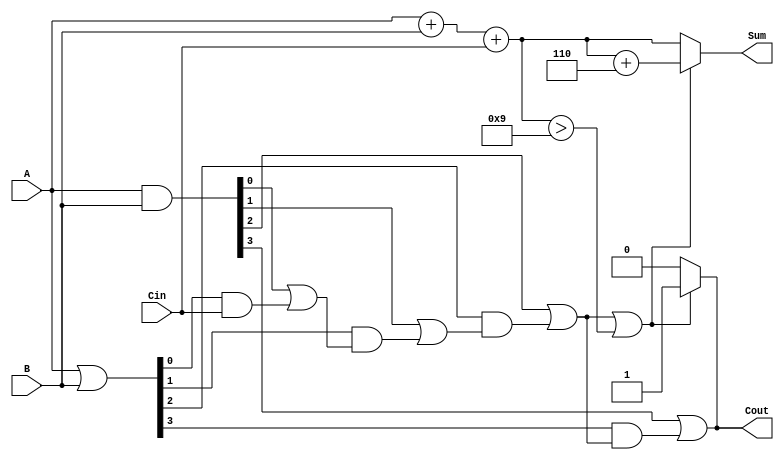
module BCD_Carry_Lookahead_Adder (
    input  [3:0] A,        // First BCD digit
    input  [3:0] B,        // Second BCD digit
    input        Cin,      // Carry input
    output reg [3:0] Sum,  // BCD sum output
    output reg Cout        // Carry output
);

    // Intermediate signals
    wire [4:0] S;          // 5-bit to accommodate carry
    wire [3:0] G;         // Generate signals
    wire [3:0] P;         // Propagate signals
    wire C1, C2, C3;      // Carry outputs

    // Sum Calculation
    assign S = A + B + Cin;

    // Generate and Propagate Signals
    assign G = A & B;      // G[i] = A[i] AND B[i]
    assign P = A | B;      // P[i] = A[i] OR B[i]

    // Carry Calculation
    assign C1 = G[0] | (P[0] & Cin);
    assign C2 = G[1] | (P[1] & C1);
    assign C3 = G[2] | (P[2] & C2);
    assign Cout = G[3] | (P[3] & C3);

    // BCD Correction Logic
    always @(*) begin
        if (C3 || (S[3:0] > 4'd9)) begin
            // If overflow or S > 9, perform correction
            Sum = S[3:0] + 4'd6; // Add 6 to adjust to valid BCD
            Cout = 1;            // Set carry output
        end else begin
            Sum = S[3:0];        // No correction needed
            Cout = 0;            // No carry output
        end
    end
    
endmodule